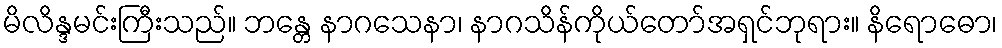
မိလိန္ဒမင်းကြီးသည်။ ဘန္တေ နာဂသေနာ၊ နာဂသိန်ကိုယ်တော်အရှင်ဘုရား။ နိရောဓော၊